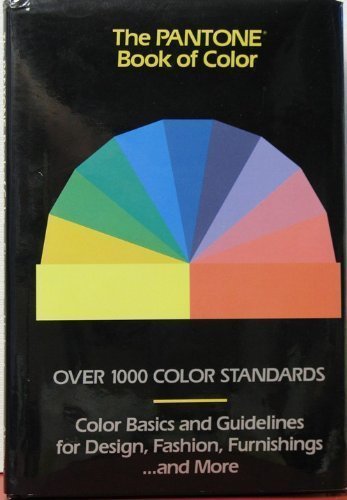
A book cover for The Pantone Book of Color: Over 1000 Color Standards : Color Basics and Guidelines for Design, Fashion, Furnishings...and More; Leatrice Eiseman; Science & Math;